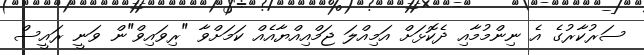
ސަރުކާރުގެ އެ ނިންމުމާއި ދެކޮޅަށް އަމިއްލަ ޖަމްއިއްޔާއެއް ކަމަށްވާ "ރިވައިވް"ން ވަނީ ރައީސް